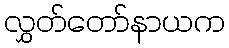
လွှတ်တော်နာယက